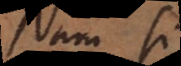
Nam si